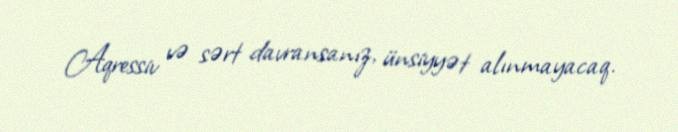
Aqressiv və sərt davransanız, ünsiyyət alınmayacaq.